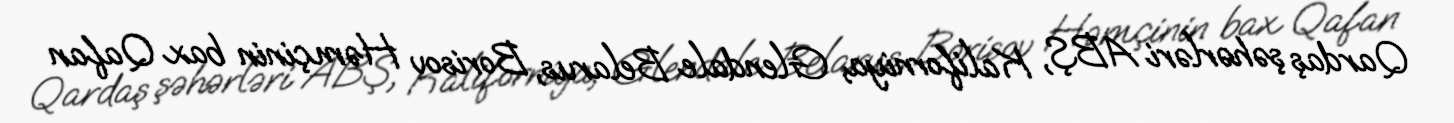
Qardaş şəhərləri ABŞ, Kaliforniya, Glendale Belarus, Borisov Həmçinin bax Qafan